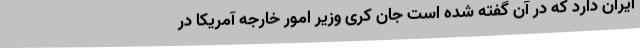
ایران دارد که در آن گفته شده است جان کری وزیر امور خارجه آمریکا در